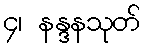
၄၊ နန္ဒနသုတ်